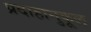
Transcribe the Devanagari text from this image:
प्रदाहानुकूल